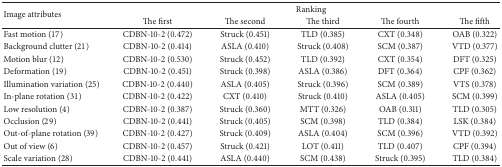
<table><thead><tr><td rowspan="2"><b>Image attributes</b></td><td colspan="5"><b>Ranking</b></td></tr><tr><td><b>The first</b></td><td><b>The second</b></td><td><b>The third</b></td><td><b>The fourth</b></td><td><b>The fifth</b></td></tr></thead><tbody><tr><td>Fast motion (17)</td><td>CDBN-10-2 (0.472)</td><td>Struck (0.451)</td><td>TLD (0.385)</td><td>CXT (0.348)</td><td>OAB (0.322)</td></tr><tr><td>Background clutter (21)</td><td>CDBN-10-2 (0.414)</td><td>ASLA (0.410)</td><td>Struck (0.408)</td><td>SCM (0.387)</td><td>VTD (0.377)</td></tr><tr><td>Motion blur (12)</td><td>CDBN-10-2 (0.530)</td><td>Struck (0.452)</td><td>TLD (0.392)</td><td>CXT (0.354)</td><td>DFT (0.325)</td></tr><tr><td>Deformation (19)</td><td>CDBN-10-2 (0.451)</td><td>Struck (0.398)</td><td>ASLA (0.386)</td><td>DFT (0.364)</td><td>CPF (0.362)</td></tr><tr><td>Illumination variation (25)</td><td>CDBN-10-2 (0.440)</td><td>ASLA (0.405)</td><td>Struck (0.396)</td><td>SCM (0.389)</td><td>VTS (0.378)</td></tr><tr><td>In-plane rotation (31)</td><td>CDBN-10-2 (0.422)</td><td>CXT (0.410)</td><td>Struck (0.410)</td><td>ASLA (0.405)</td><td>SCM (0.399)</td></tr><tr><td>Low resolution (4)</td><td>CDBN-10-2 (0.387)</td><td>Struck (0.360)</td><td>MTT (0.326)</td><td>OAB (0.311)</td><td>TLD (0.305)</td></tr><tr><td>Occlusion (29)</td><td>CDBN-10-2 (0.441)</td><td>Struck (0.405)</td><td>SCM (0.398)</td><td>TLD (0.384)</td><td>LSK (0.384)</td></tr><tr><td>Out-of-plane rotation (39)</td><td>CDBN-10-2 (0.427)</td><td>Struck (0.409)</td><td>ASLA (0.404)</td><td>SCM (0.396)</td><td>VTD (0.392)</td></tr><tr><td>Out of view (6)</td><td>CDBN-10-2 (0.457)</td><td>Struck (0.421)</td><td>LOT (0.411)</td><td>TLD (0.407)</td><td>CPF (0.394)</td></tr><tr><td>Scale variation (28)</td><td>CDBN-10-2 (0.441)</td><td>ASLA (0.440)</td><td>SCM (0.438)</td><td>Struck (0.395)</td><td>TLD (0.384)</td></tr></tbody></table>